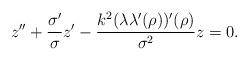
LaTeX: \begin{align*}z''+\frac{\sigma'}{\sigma}z'-\frac{k^2(\lambda\lambda'(\rho))'(\rho)}{\sigma^2}z=0.\end{align*}